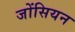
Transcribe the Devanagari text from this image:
जोंसियन